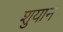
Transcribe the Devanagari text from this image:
शुयान